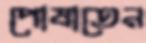
পোষাতেন